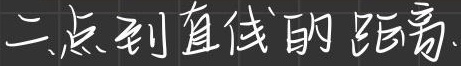
二.点到直线的距离